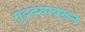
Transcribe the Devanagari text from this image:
मुददयावरून